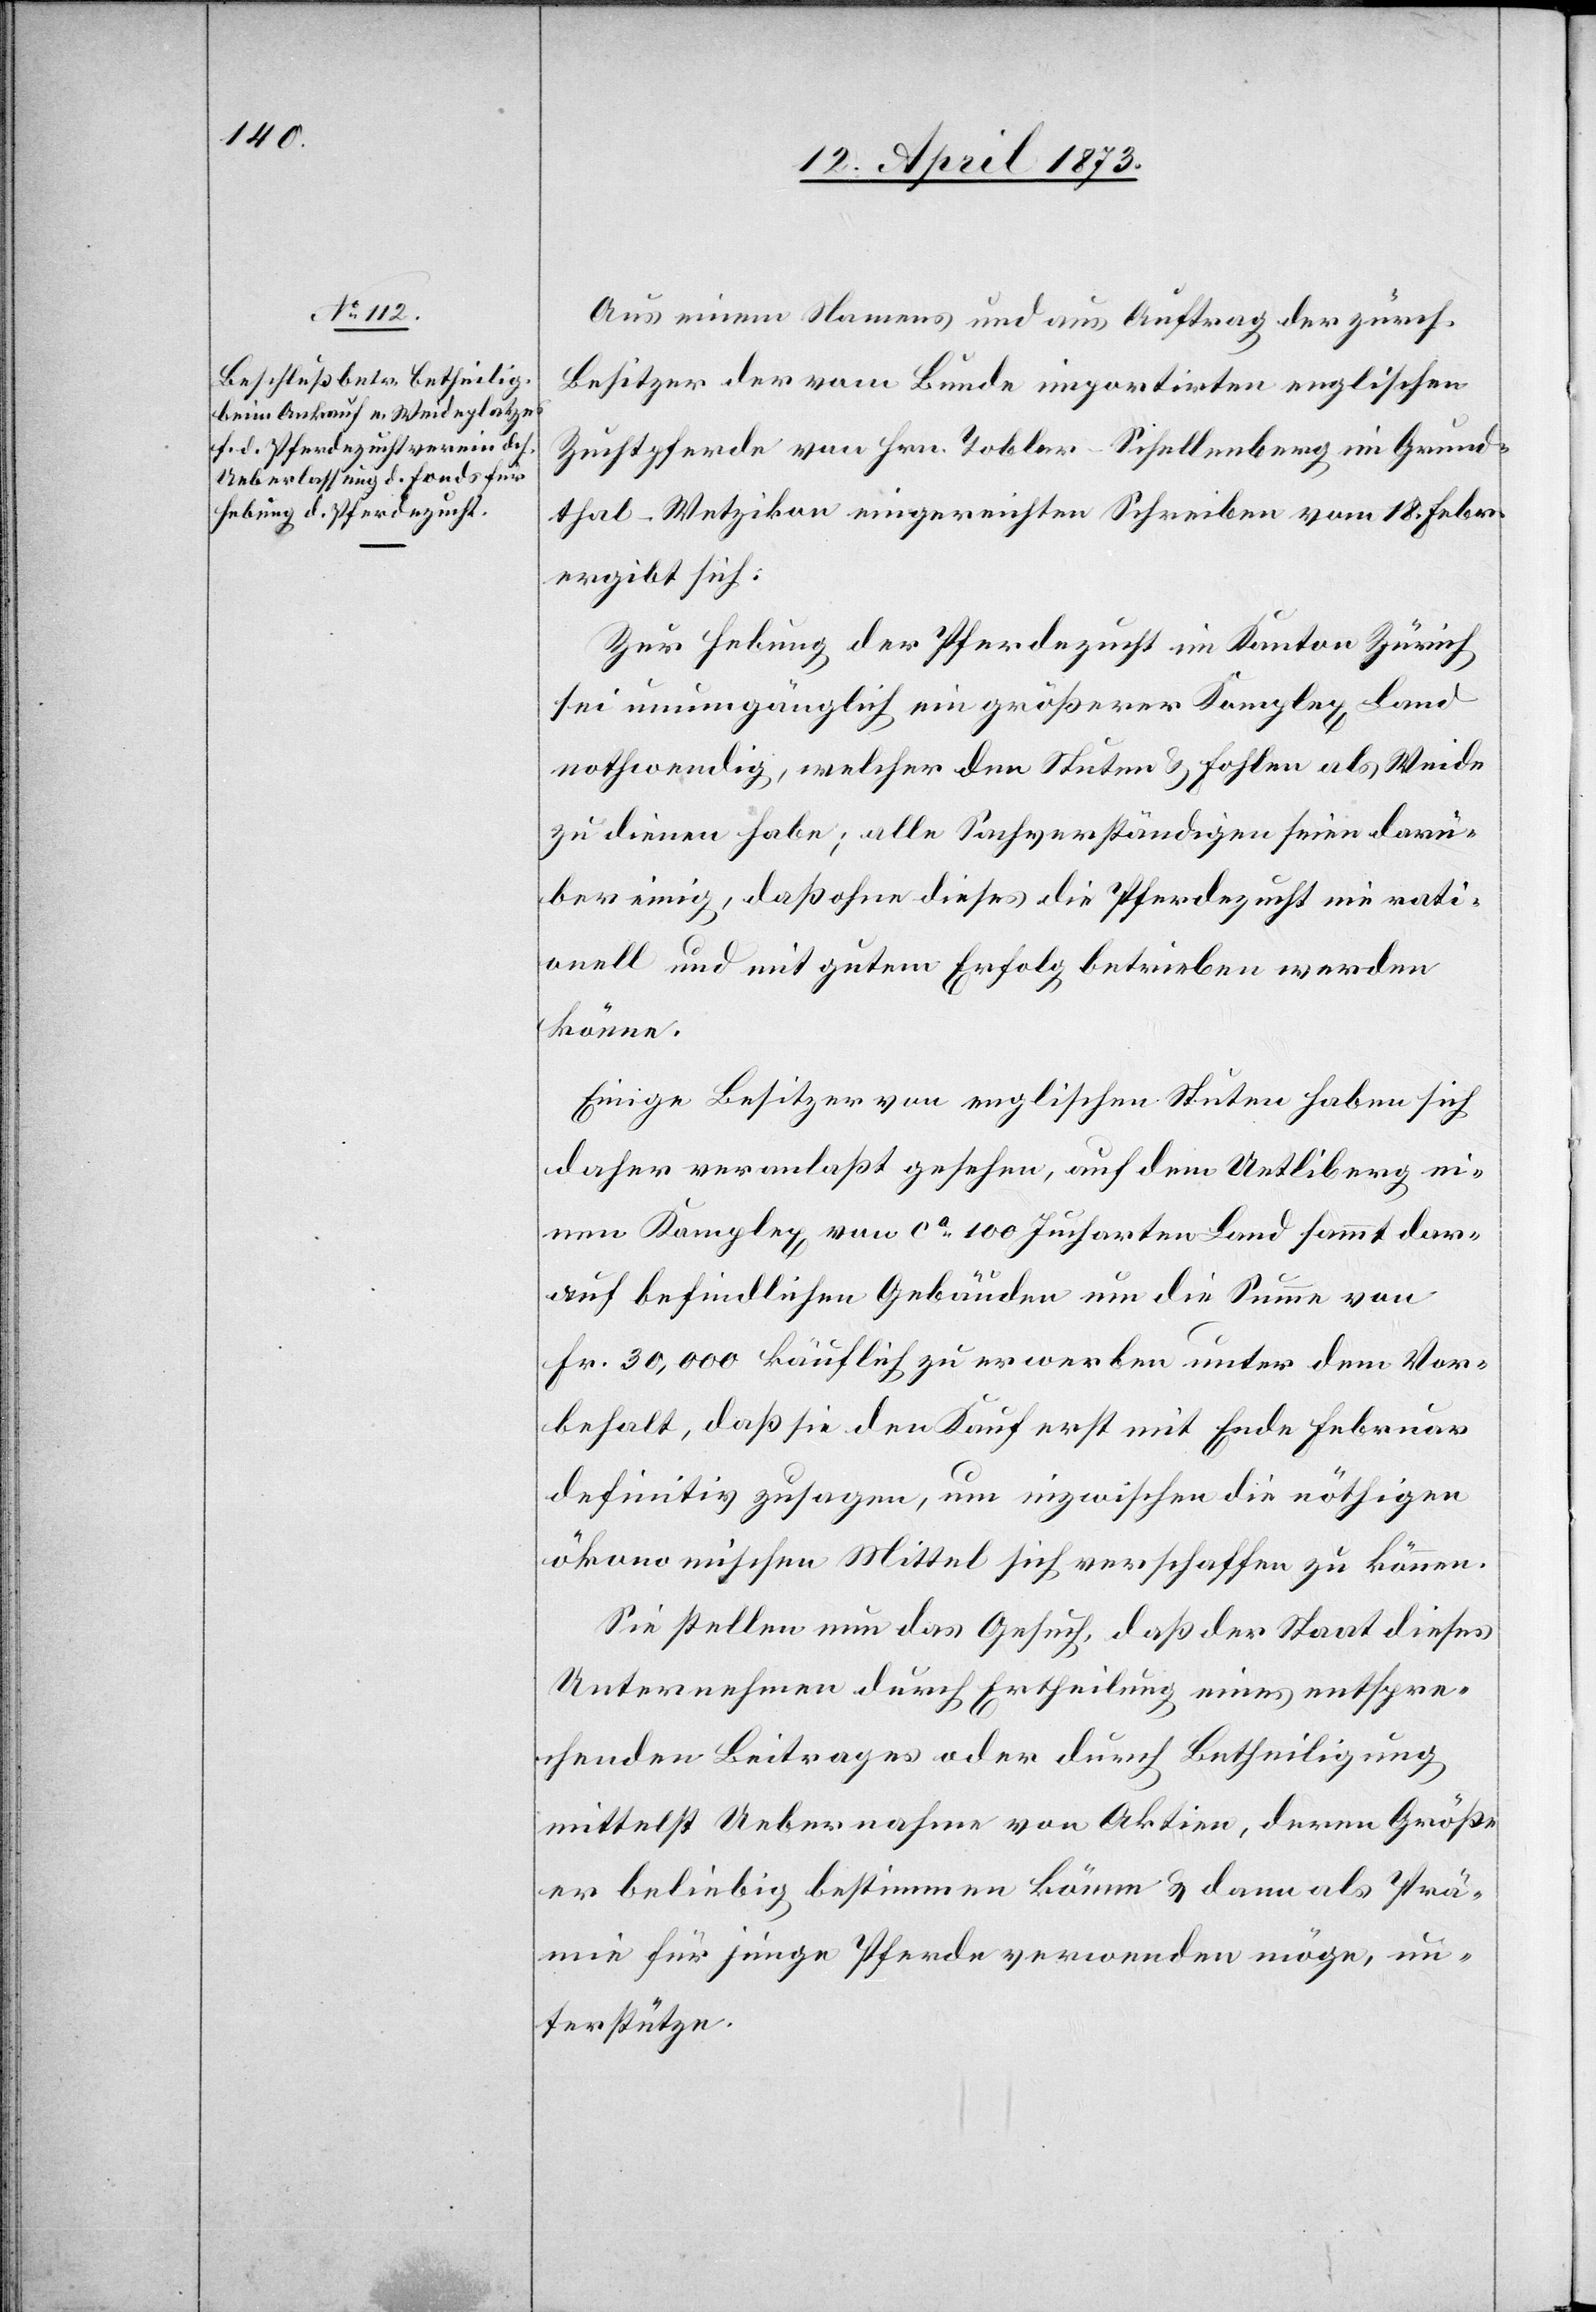
Aus einem Namens und aus Auftrag der zürch.
Besitzer der vom Bunde importirten englischen
Zuchtpferde von Hrn. Tobler-Schellenberg im Grund¬
thal-Wetzikon eingereichten Schreiben vom 18. Febr.
ergibt sich:
Zur Hebung der Pferdezucht im Kanton Zürich
sei unumgänglich ein größerer Komplex Land
nothwendig, welcher den Stuten & Fohlen als Weide
zu dienen habe; alle Sachverständigen seien darü¬
ber einig, daß ohne dieses die Pferdezucht nie rati¬
onell und mit gutem Erfolg betrieben werden
könne.
Einige Besitzer von englischen Stuten haben sich
daher veranlaßt gesehen, auf dem Uetliberg ei¬
nen Komplex von ca 100 Jucharten Land sammt dar¬
auf befindlichen Gebäuden um die Summe von
Fr. 30,000 käuflich zu erwerben unter dem Vor¬
behalt, daß sie den Kauf erst mit Ende Februar
definitiv zusagen, um inzwischen die nöthigen
ökonomischen Mittel sich verschaffen zu können.
Sie stellen nun das Gesuch, daß der Staat dieses
Unternehmen durch Ertheilung eines entspre¬
chenden Beitrages oder durch Betheiligung
mittelst Uebernahme von Aktien, deren Größe
er beliebig bestimmen könne & dann als Prä¬
mie für junge Pferde verwenden möge, un¬
terstütze.